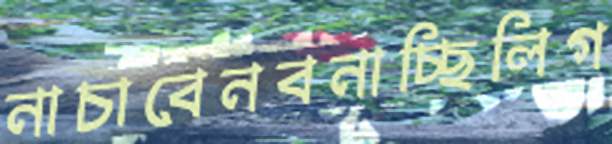
নাচাবেনবনাচ্ছিলিগ